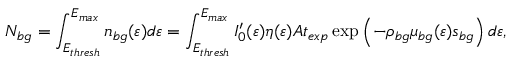
N _ { b g } = \int _ { E _ { t h r e s h } } ^ { E _ { m a x } } n _ { b g } ( \varepsilon ) d \varepsilon = \int _ { E _ { t h r e s h } } ^ { E _ { m a x } } I _ { 0 } ^ { \prime } ( \varepsilon ) \eta ( \varepsilon ) A t _ { e x p } \exp \left( - \rho _ { b g } \mu _ { b g } ( \varepsilon ) s _ { b g } \right) d \varepsilon ,